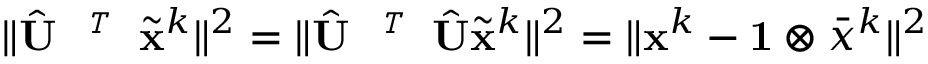
\| \hat { { \mathbf { U } } } ^ { \textit { \footnotesize \texttt { T } } } \tilde { { \mathbf { x } } } ^ { k } \| ^ { 2 } = \| \hat { { \mathbf { U } } } ^ { \textit { \footnotesize \texttt { T } } } \hat { { \mathbf { U } } } \tilde { { \mathbf { x } } } ^ { k } \| ^ { 2 } = \| { \mathbf { x } } ^ { k } - \mathbf { 1 } \otimes \bar { x } ^ { k } \| ^ { 2 }